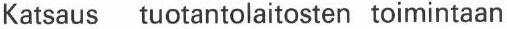
Katsaus tuotantolaitosten toimintaan